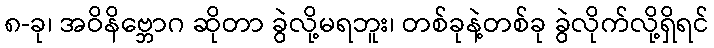
၈-ခု၊ အဝိနိဗ္ဘောဂ ဆိုတာ ခွဲလို့မရဘူး၊ တစ်ခုနဲ့တစ်ခု ခွဲလိုက်လို့ရှိရင်